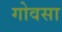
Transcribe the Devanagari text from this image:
गोवसा